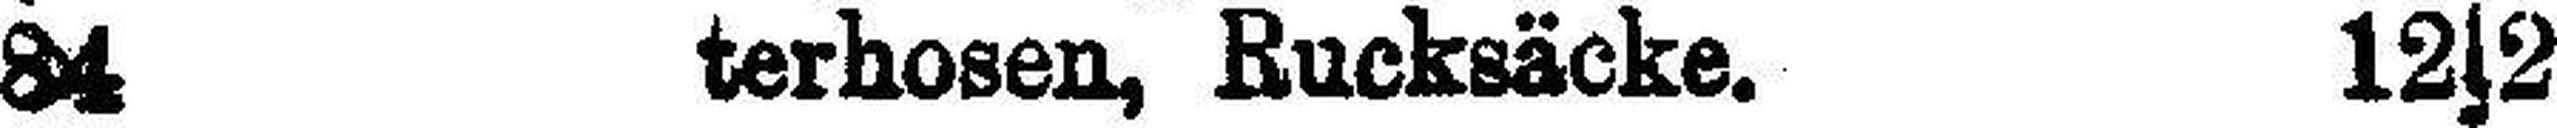
84 terhosen, Rucksäcke. 12s2